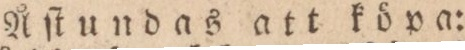
Åſtundas att köpa: